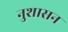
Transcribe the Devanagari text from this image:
नुशासन